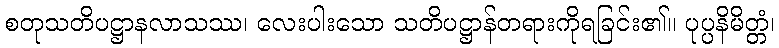
စတုသတိပဋ္ဌာနလာသဿ၊ လေးပါးသော သတိပဋ္ဌာန်တရားကိုရခြင်း၏။ ပုပ္ပနိမိတ္တံ၊